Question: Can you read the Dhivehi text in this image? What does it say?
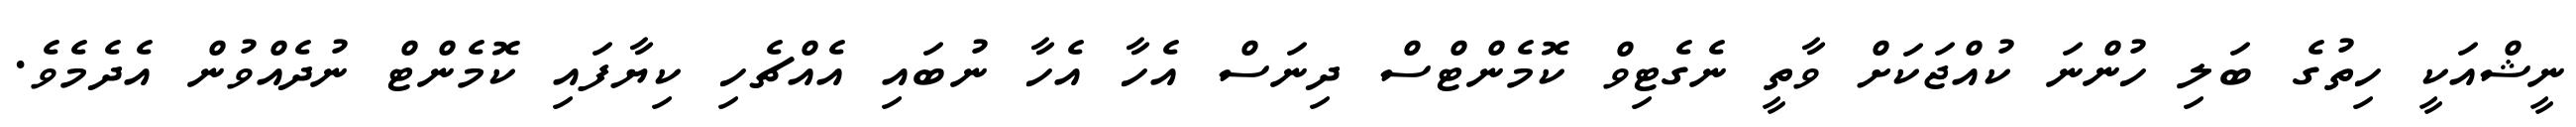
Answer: ނީޝްއަކީ ހިތުގެ ބަލި ހުންނަ ކުއްޖަކަށް ވާތީ ނެގެޓިވް ކޮމެންޓްސް ދިނަސް އެހާ އެހާ ނުބައި އެއްޗެހި ކިޔާފައި ކޮމެންޓް ނުދެއްވުން އެދެމެވެ.